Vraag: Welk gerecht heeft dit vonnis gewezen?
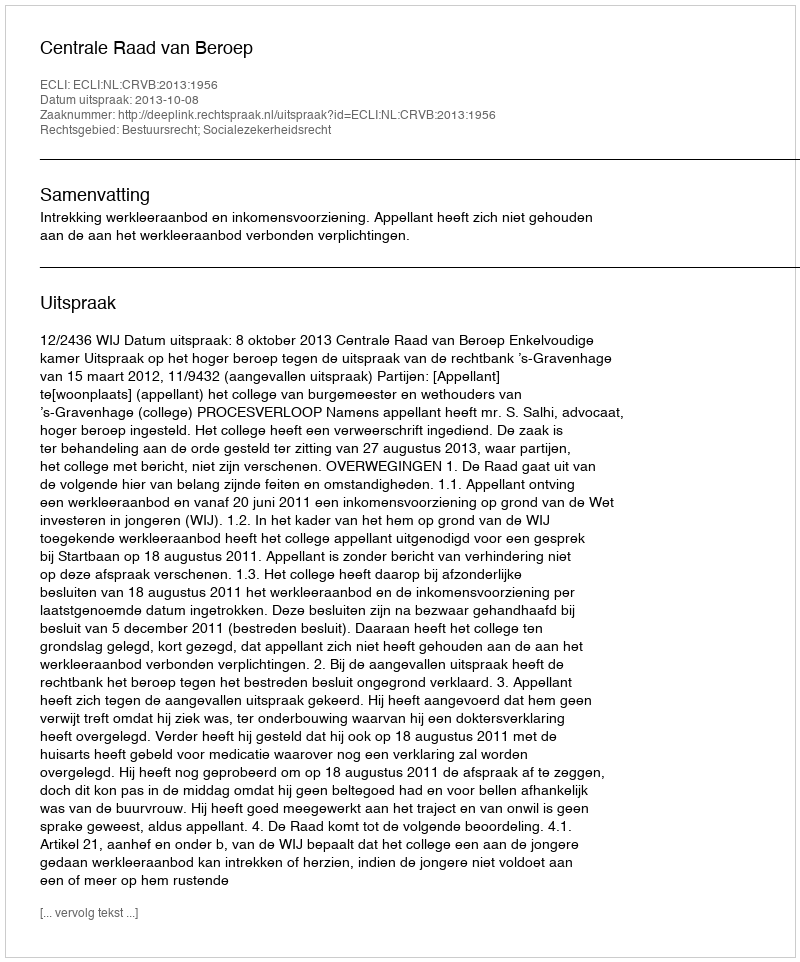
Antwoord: Centrale Raad van Beroep